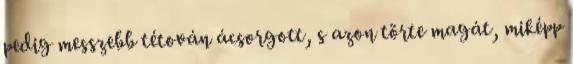
pedig messzebb tétován ácsorgott, s azon törte magát, miképp